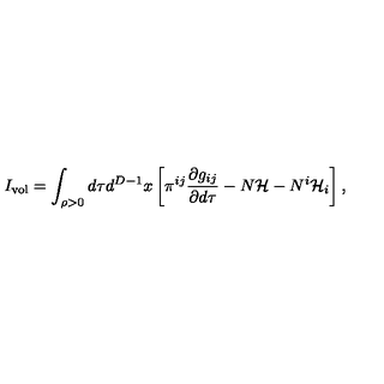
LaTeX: I _ { \mathrm { v o l } } = \int _ { \rho > 0 } d \tau d ^ { D - 1 } x \left[ \pi ^ { i j } \frac { \partial g _ { i j } } { \partial d \tau } - N { \cal H } - N ^ { i } { \cal H } _ { i } \right] ,